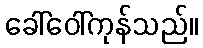
ခေါ်ဝေါ်ကုန်သည်။